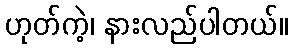
ဟုတ်ကဲ့၊ နားလည်ပါတယ်။